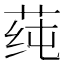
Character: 莼